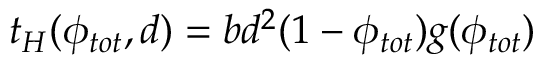
t _ { H } ( \phi _ { t o t } , d ) = b d ^ { 2 } ( 1 - \phi _ { t o t } ) g ( \phi _ { t o t } )